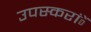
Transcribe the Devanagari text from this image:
उपस्करांें